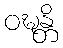
ဝဍ္ဎန္တိ